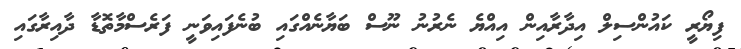
ފިޔޯރީ ކައުންސިލް އިދާރާއިން އިއްޔެ ނެރުނު ނޫސް ބަޔާނެއްގައި ބުނެފައިވަނީ ފަރެސްމާތޮޑާ ދާއިރާގައި